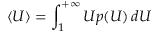
\langle U \rangle = \int _ { 1 } ^ { + \infty } U p ( U ) \, d U